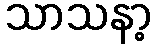
သာသနာ့